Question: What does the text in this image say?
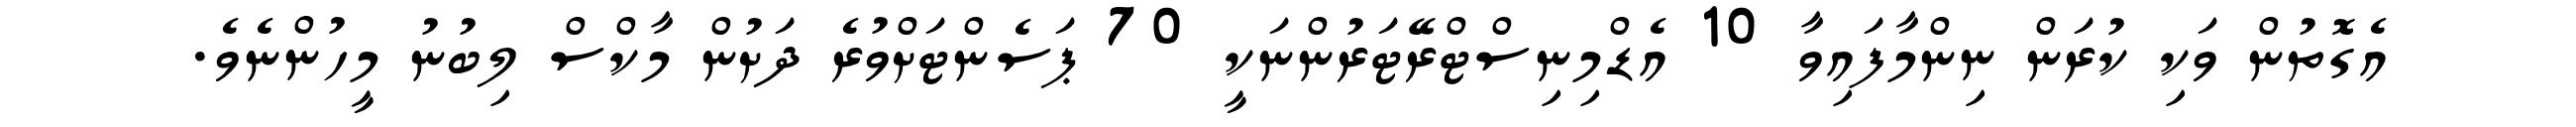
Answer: އެގޮތުން ވަކި ކުރަން ނިންމާފައިވާ 10 އެޑްމިނިސްޓްރޭޓަރުންނަކީ 70 ޕަސެންޓަށްވުރެ ދަށުން މާކްސް ލިބުނު މީހުންނެވެ.